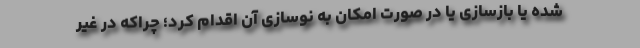
شده یا بازسازی یا در صورت امكان به نوسازی آن اقدام كرد؛ چراكه در غیر